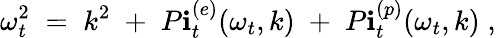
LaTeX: {\omega_{t}^{2}\; =\; k^{2}\; +\; P\mathbf{i}_{t}^{(e)}(\omega_{t},k)\; +\; P\mathbf{i}_{t}^{(p)}(\omega_{t},k)\; ,}